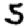
Digit: 5